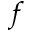
f